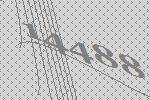
14488